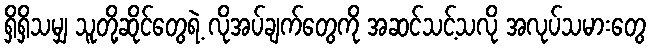
ရှိရှိသမျှ သူတို့ဆိုင်တွေရဲ့ လိုအပ်ချက်တွေကို အဆင်သင့်သလို အလုပ်သမားတွေ